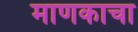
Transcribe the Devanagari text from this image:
माणकाचा